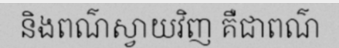
និងពណ៌ស្វាយវិញ គឺជាពណ៌